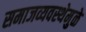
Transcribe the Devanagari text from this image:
समाजव्यवस्थेमुळे